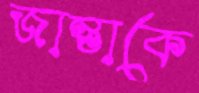
জান্তাকে